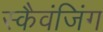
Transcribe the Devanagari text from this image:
स्कैवंजिंग